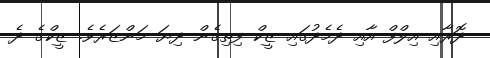
ދޮރާއި އިލްފް އާއި ދެމެދުގައި ޒީކް ފިތިގެން ދިޔަ މަންޒަރެވެ. ޒީކްގެ ދެ